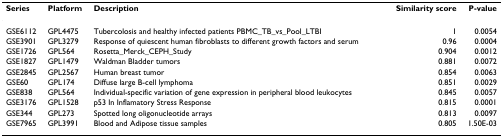
<table><thead><tr><td><b>Series</b></td><td><b>Platform</b></td><td><b>Description</b></td><td><b>Similarity score</b></td><td><b>P-value</b></td></tr></thead><tbody><tr><td>GSE6112</td><td>GPL4475</td><td>Tubercolosis and healthy infected patients PBMC_TB_vs_Pool_LTBI</td><td>1</td><td>0.0054</td></tr><tr><td>GSE3901</td><td>GPL3279</td><td>Response of quiescent human fibroblasts to different growth factors and serum</td><td>0.96</td><td>0.0004</td></tr><tr><td>GSE1726</td><td>GPL564</td><td>Rosetta_Merck_CEPH_Study</td><td>0.904</td><td>0.0012</td></tr><tr><td>GSE1827</td><td>GPL1479</td><td>Waldman Bladder tumors</td><td>0.881</td><td>0.0072</td></tr><tr><td>GSE2845</td><td>GPL2567</td><td>Human breast tumor</td><td>0.854</td><td>0.0063</td></tr><tr><td>GSE60</td><td>GPL174</td><td>Diffuse large B-cell lymphoma</td><td>0.851</td><td>0.0029</td></tr><tr><td>GSE838</td><td>GPL564</td><td>Individual-specific variation of gene expression in peripheral blood leukocytes</td><td>0.845</td><td>0.0057</td></tr><tr><td>GSE3176</td><td>GPL1528</td><td>p53 In Inflamatory Stress Response</td><td>0.815</td><td>0.0001</td></tr><tr><td>GSE344</td><td>GPL273</td><td>Spotted long oligonucleotide arrays</td><td>0.813</td><td>0.0097</td></tr><tr><td>GSE7965</td><td>GPL3991</td><td>Blood and Adipose tissue samples</td><td>0.805</td><td>1.50E-03</td></tr></tbody></table>